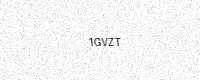
Text: 1GVZT